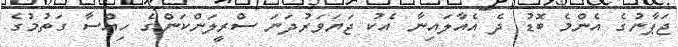
ޖަޕާނުގެ އެންމެ ބޮޑު ދެ އެއާލައިނާ އެކު ޖަޔަވަރުދަނަ ސްރީލަންކަންގެ ހިއްސާ ގަތުމުގެ